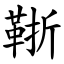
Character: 䩢